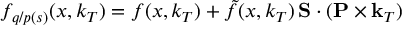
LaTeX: f _ { q / p ( s ) } ( x , k _ { T } ) = f ( x , k _ { T } ) + \tilde { f } ( x , k _ { T } ) { \bf \, S \cdot ( P \times k } _ { T } )